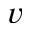
v